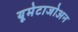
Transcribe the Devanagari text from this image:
यूमेटाजोअन